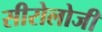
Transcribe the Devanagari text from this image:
सीरोलोजी